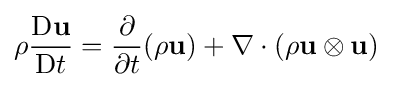
\rho {\frac {\mathrm {D} \mathbf {u} }{\mathrm {D} t}}={\frac {\partial }{\partial t}}(\rho \mathbf {u} )+\nabla \cdot (\rho \mathbf {u} \otimes \mathbf {u} )